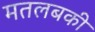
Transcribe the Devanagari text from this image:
मतलबकी